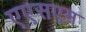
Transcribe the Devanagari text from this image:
एएसएम